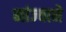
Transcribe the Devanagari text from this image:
मांज्याने